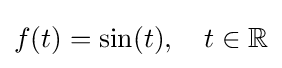
f(t)=\sin(t),\quad t\in \mathbb {R}